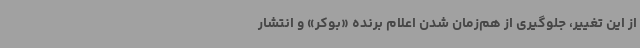
از این تغییر، جلوگیری از هم‌زمان شدن اعلام برنده «بوکر» و انتشار